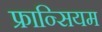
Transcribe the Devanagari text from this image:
फ्रान्सियम